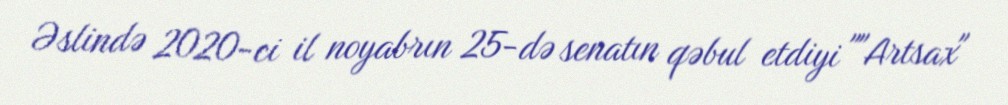
Əslində 2020-ci il noyabrın 25-də senatın qəbul etdiyi ""Artsax"